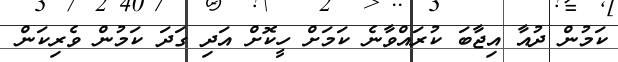
ކަމުން ދުއާ އިޖާބަ ކުރައްވާނެ ކަމަށް ހީކޮށް އަދި ގަދަ ކަމުން ވެރިކަން